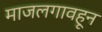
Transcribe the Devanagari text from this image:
माजलगावहून